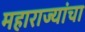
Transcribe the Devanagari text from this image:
महाराज्यांचा